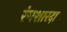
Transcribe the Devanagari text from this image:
रंगशारदा